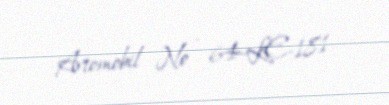
Avtomobil № - 64-LE-181